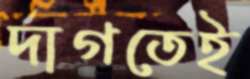
দাগতেই